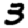
Digit: 3